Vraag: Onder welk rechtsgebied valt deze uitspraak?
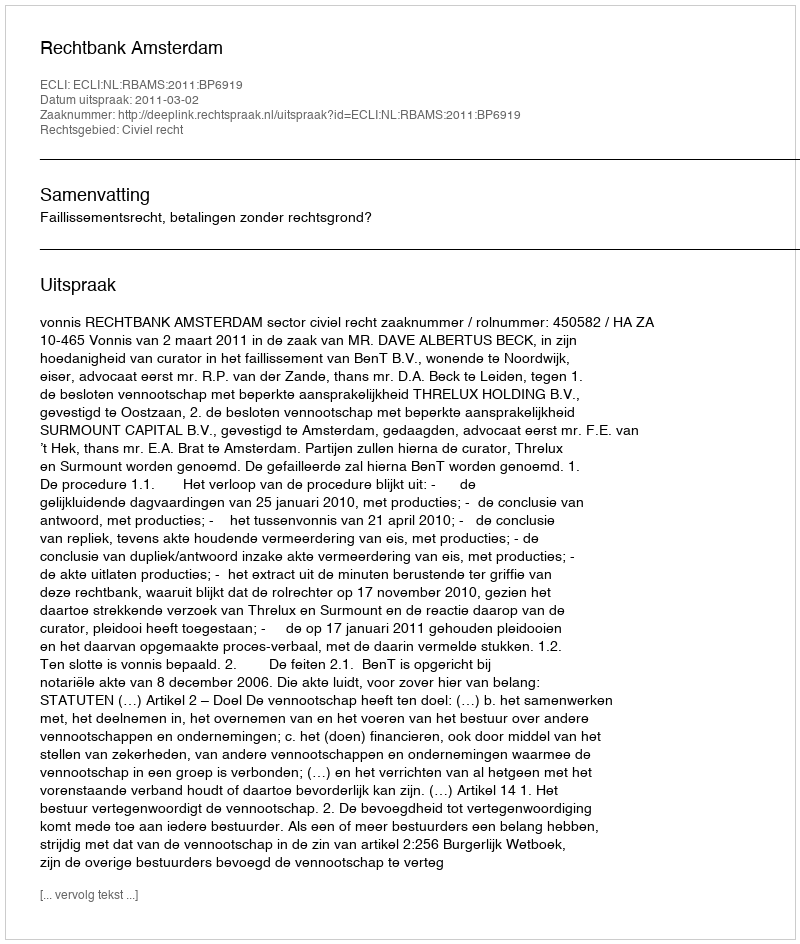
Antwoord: Civiel recht